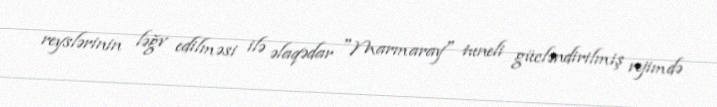
reyslərinin ləğv edilməsi ilə əlaqədar "Marmaray" tuneli gücləndirilmiş rejimdə